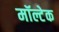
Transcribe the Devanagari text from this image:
मॉल्टेक